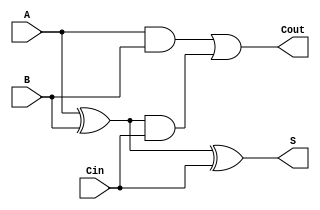
`timescale 1ns / 1ps

module FullAdder(input A, input B, input Cin, output S, output Cout);
	 
wire w1, w2, w3;
xor(w1, A, B);
xor(S, w1, Cin);
and(w2, w1, Cin);
and(w3, A, B);
or(Cout, w3, w2);

endmodule